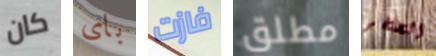
كان باى فازت مطلق الصخر